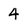
Character: 4